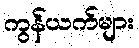
ကွန်ယက်များ